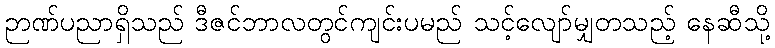
ဉာဏ်ပညာရှိသည် ဒီဇင်ဘာလတွင်ကျင်းပမည် သင့်လျော်မျှတသည့် နေဆီသို့